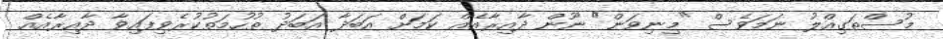
މުސްތަގިއްލު ނަމަވެސް "މިނިވަން" ނޫން ދާއިރާއެއް ކަމަށް އަބަދާ އަބަދު ތުހުމަތުކުރެވިފައިވާ ދާއިރާއެއް